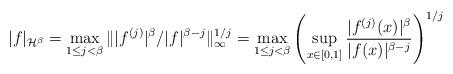
LaTeX: \begin{align*}|f |_{\mathcal{H}^\beta} = \max_{1 \leq j <\beta } \| |f^{(j)}|^\beta/|f|^{\beta-j} \|_\infty^{1/j} = \max_{1\leq j <\beta} \left( \sup_{x\in[0,1]} \frac{|f^{(j)}(x)|^\beta}{|f(x)|^{\beta-j}} \right)^{1/j}\end{align*}